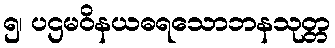
၅၊ ပဌမဝိနယဓရသောဘနသုတ္တ